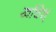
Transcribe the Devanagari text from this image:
खाँचेश्